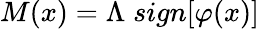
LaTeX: M(x)=\Lambda\; sign[\varphi(x)]